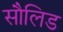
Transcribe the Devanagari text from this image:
सौलिड